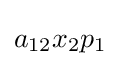
a_{12}x_{2}p_{1}